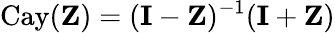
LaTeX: \mathrm{Cay}(\mathbf{Z})=(\mathbf{I}-\mathbf{Z})^{-1}(\mathbf{I}+\mathbf{Z})